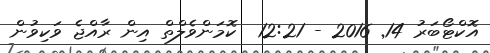
އޮކްޓޯބަރު 14